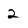
Character: 2